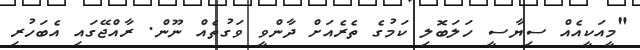
"މީއަކީއެއް ސިޔާސީ ހަލަބޮލި ކަމުގެ ތެރެއަށް ދާންވީ ވަގުތެއް ނޫން. ރާއްޖޭގައި އެބަހުރި